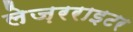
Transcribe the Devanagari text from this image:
लेज़रराइटर